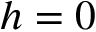
h = 0